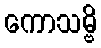
ကောသမ္ဗိ